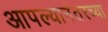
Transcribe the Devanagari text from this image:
आपल्यानंतरच्या